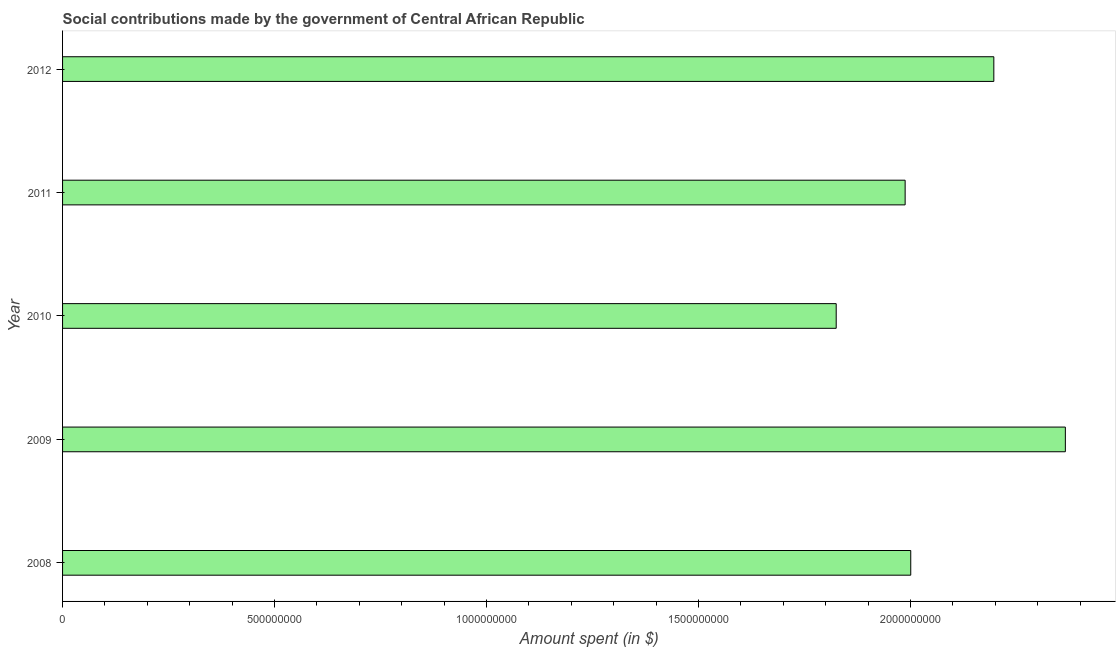
| Year | Social contributions |
 | --- | --- |
 | 2008 | 2e+09 |
 | 2009 | 2.37e+09 |
 | 2010 | 1.82e+09 |
 | 2011 | 1.99e+09 |
 | 2012 | 2.2e+09 |